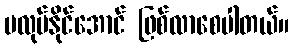
မလုပ်နိုင်အောင် ဖြစ်လာစေပါတယ်။